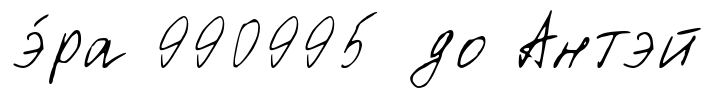
э́ра 990995 до Антэй